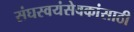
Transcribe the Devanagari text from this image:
संघस्वयंसेवकांसाठी